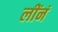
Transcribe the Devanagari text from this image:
लींनं